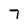
Character: 7